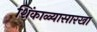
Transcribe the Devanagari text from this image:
शिंकाळ्यासारखा